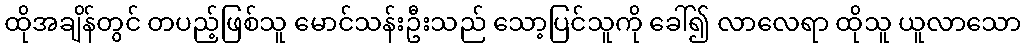
ထိုအချိန်တွင် တပည့်ဖြစ်သူ မောင်သန်းဦးသည် သော့ပြင်သူကို ခေါ်၍ လာလေရာ ထိုသူ ယူလာသော